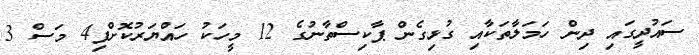
ސައުދީގައި ދިން ހަމަލާތަކާއި ގުޅިގެން ޕާކިސްތާނުގެ 12 މީހަކު ހައްޔަރުކޮށްފި4 މަސް 3